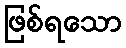
ဖြစ်ရသော